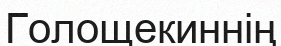
Голощекиннің